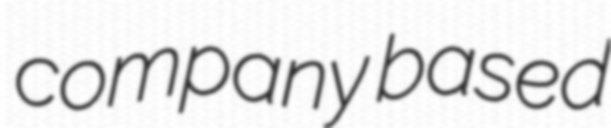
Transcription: company based